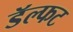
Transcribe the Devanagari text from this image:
डॅल्फट